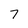
Character: 7